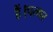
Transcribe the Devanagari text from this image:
हैं।पत्थर